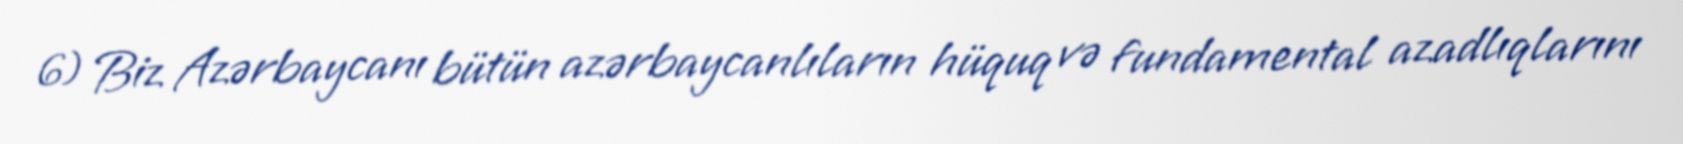
6) Biz Azərbaycanı bütün azərbaycanlıların hüquq və fundamental azadlıqlarını